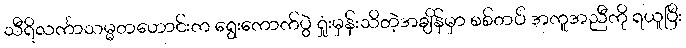
သီရိလင်္ကာသမ္မတဟောင်းက ရွေးကောက်ပွဲ ရှုံးမှန်းသိတဲ့အချိန်မှာ စစ်တပ် အကူအညီကို ရယူပြီး